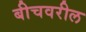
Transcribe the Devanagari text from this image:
बीचवरील